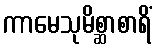
ကာမေသုမိစ္ဆာစာရိံ